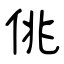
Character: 佻